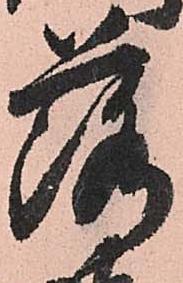
落